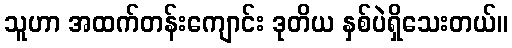
သူဟာ အထက်တန်းကျောင်း ဒုတိယ နှစ်ပဲရှိသေးတယ်။